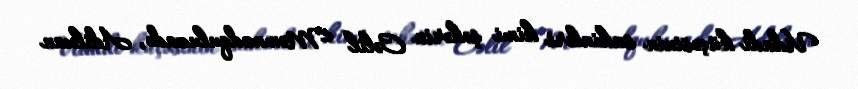
Vidadi küçəsinin sakinləri kimi şəhərin Cəlil Məmmədquluzadə, Adilxan